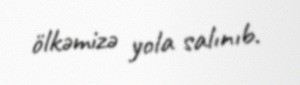
ölkəmizə yola salınıb.